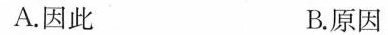
A.因此 B.原因